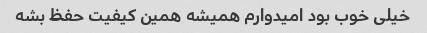
خیلی خوب بود امیدوارم همیشه همین کیفیت حفظ بشه